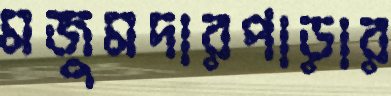
মজুমদারপাড়ার